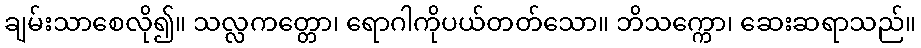
ချမ်းသာစေလို၍။ သလ္လကတ္တော၊ ရောဂါကိုပယ်တတ်သော။ ဘိသက္ကော၊ ဆေးဆရာသည်။